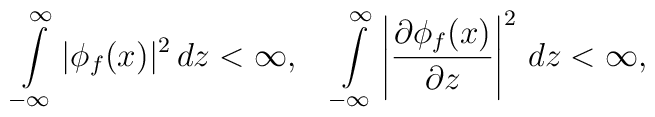
\int\limits_{-\infty}^{\infty}|\phi_f(x)|^2\,dz<\infty,\quad \int\limits_{-\infty}^{\infty}\left|\frac{\partial\phi_f(x)} {\partial z}\right|^2\,dz<\infty,